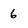
Character: 6